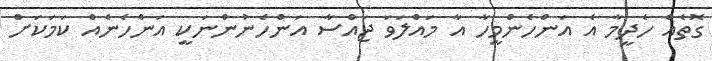
ގޮތެއް ހެދީމާ އެ އަންހެންމީހާ އާ މައްލަވަ ޖައްސާ އަންހެނުންނަކީ އަންހެނެއް ކަމަކަށް